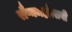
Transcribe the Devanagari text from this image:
रौप्यमहौत्सवी